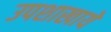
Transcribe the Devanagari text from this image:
उपशाखायें